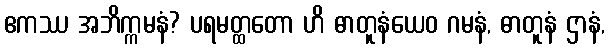
ဧကဿ အဘိက္ကမနံ? ပရမတ္ထတော ဟိ ဓာတူနံယေဝ ဂမနံ, ဓာတူနံ ဌာနံ,